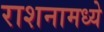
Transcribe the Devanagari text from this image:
राशनामध्ये